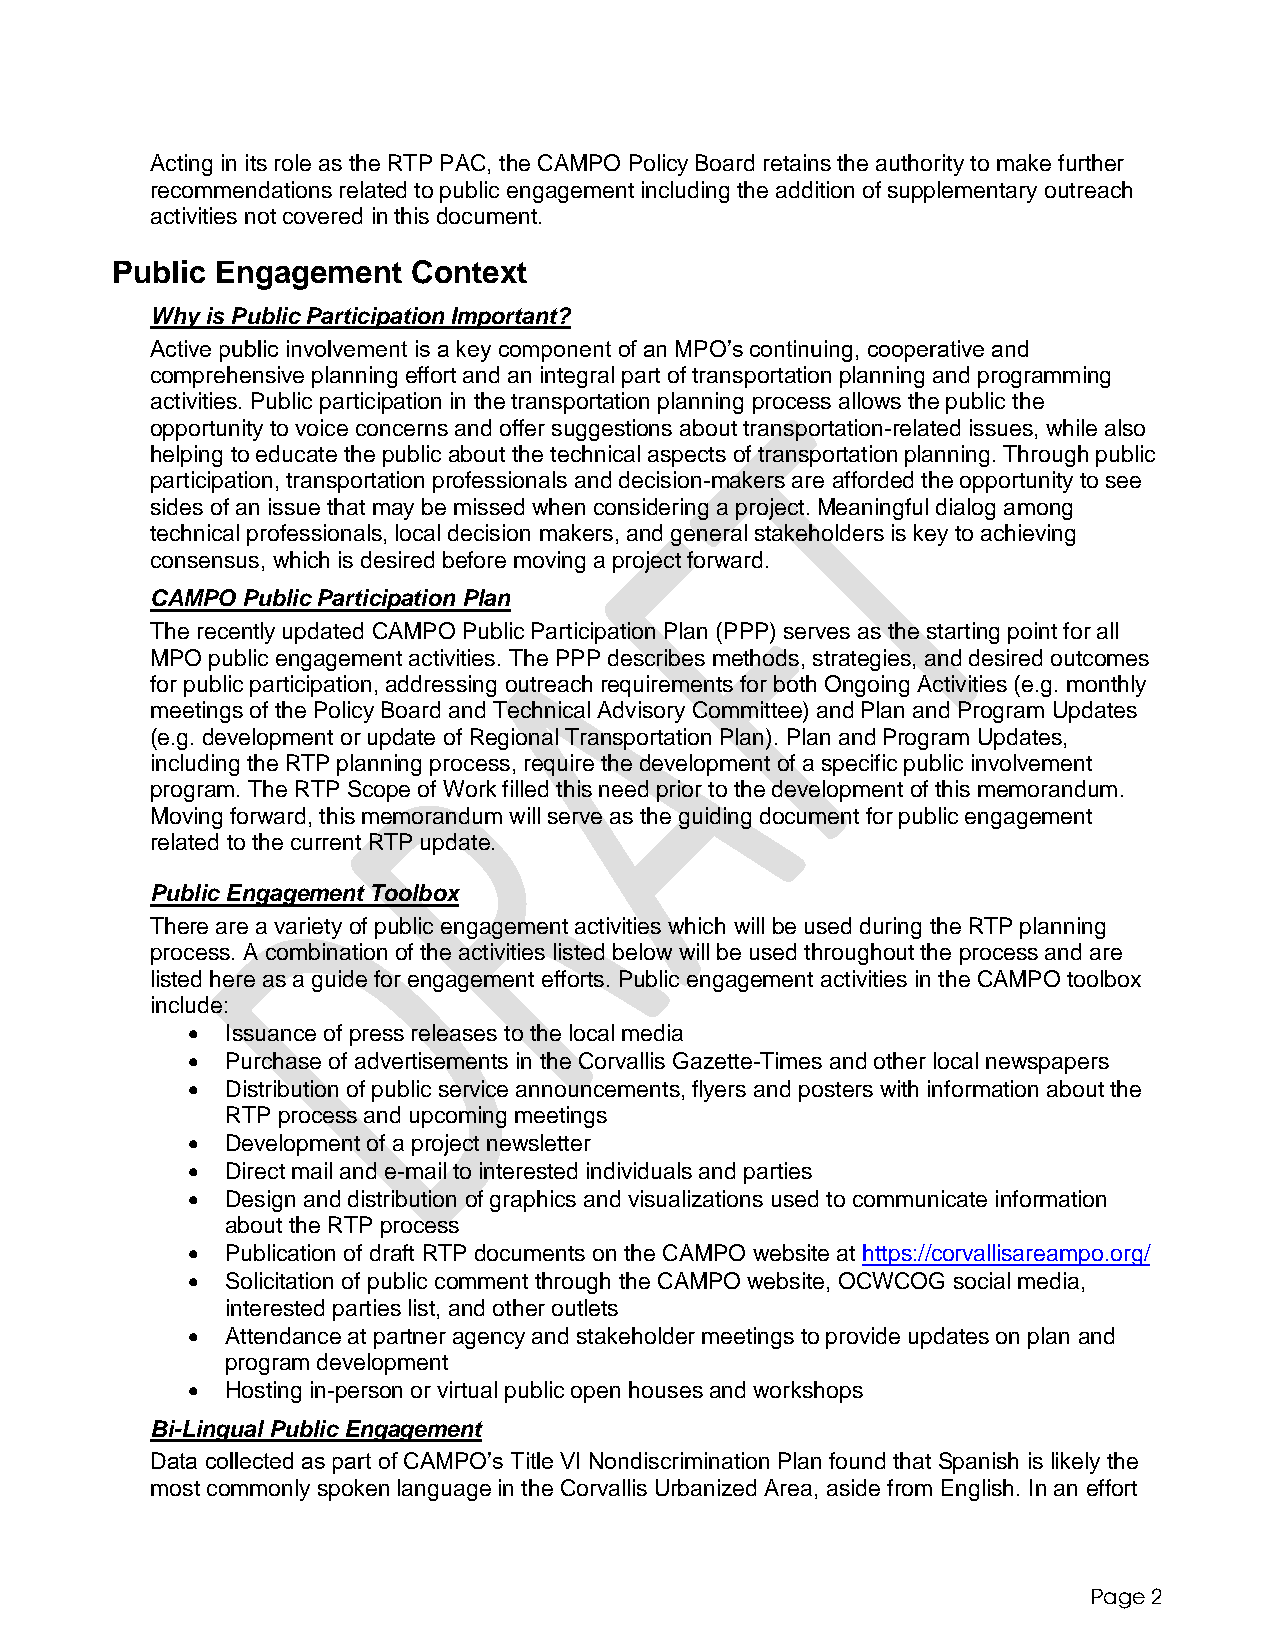
Acting in its role as the RTP PAC, the CAMPO Policy Board retains the authority to make further
 recommendations related to public engagement including the addition of supplementary outreach
 activities not covered in this document.
 Public Engagement   Context
 Why is Public Participation Important?
 Active public involvement is a key component of an MPO’s continuing, cooperative and
 comprehensive planning effort and an integral part of transportation planning and programming
 activities. Public participation in the transportation planning process allows the public the
 opportunity to voice concerns and offer suggestions about transportation-related issues, while also
 helping to educate the public about the technical aspects of transportation planning. Through public
 participation, transportation professionals and decision-makers are afforded the opportunity to see
 sides of an issue that may be missed when considering a project. Meaningful dialog among
 technical professionals, local decision makers, and general stakeholders is key to achieving
 consensus, which is desired before moving a project forward.
 CAMPO Public Participation Plan
 The recently updated CAMPO Public Participation Plan (PPP) serves as the starting point for all
 MPO public engagement activities. The PPP describes methods, strategies, and desired outcomes
 for public participation, addressing outreach requirements for both Ongoing Activities (e.g. monthly
 meetings of the Policy Board and Technical Advisory Committee) and Plan and Program Updates
 (e.g. development or update of Regional Transportation Plan). Plan and Program Updates,
 including the RTP planning process, require the development of a specific public involvement
 program. The RTP Scope of Work filled this need prior to the development of this memorandum.
 Moving forward, this memorandum will serve as the guiding document for public engagement
 related to the current RTP update.
 Public Engagement Toolbox
 There are a variety of public engagement activities which will be used during the RTP planning
 process. A combination of the activities listed below will be used throughout the process and are
 listed here as a guide for engagement efforts. Public engagement activities in the CAMPO toolbox
 include:
   Issuance of press releases to the local media
   Purchase of advertisements in the Corvallis Gazette-Times and other local newspapers
   Distribution of public service announcements, flyers and posters with information about the
 RTP process and upcoming meetings
   Development of a project newsletter
   Direct mail and e-mail to interested individuals and parties
   Design and distribution of graphics and visualizations used to communicate information
 about the RTP process
   Publication of draft RTP documents on the CAMPO website at https://corvallisareampo.org/
   Solicitation of public comment through the CAMPO website, OCWCOG social media,
 interested parties list, and other outlets
   Attendance at partner agency and stakeholder meetings to provide updates on plan and
 program development
   Hosting in-person or virtual public open houses and workshops
 Bi-Lingual Public Engagement
 Data collected as part of CAMPO’s Title VI Nondiscrimination Plan found that Spanish is likely the
 most commonly spoken language in the Corvallis Urbanized Area, aside from English. In an effort
 Page 2